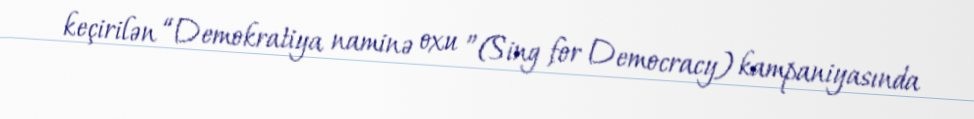
keçirilən “Demokratiya naminə oxu ”(Sing for Democracy) kampaniyasında